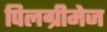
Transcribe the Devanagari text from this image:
पिलग्रीमेज